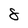
Character: 8